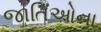
જાતિઓના